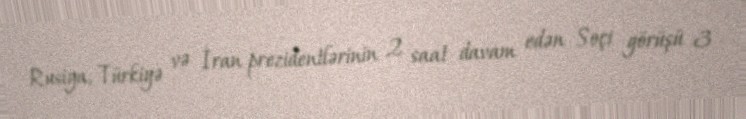
Rusiya, Türkiyə və İran prezidentlərinin 2 saat davam edən Soçi görüşü 3